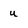
Character: u